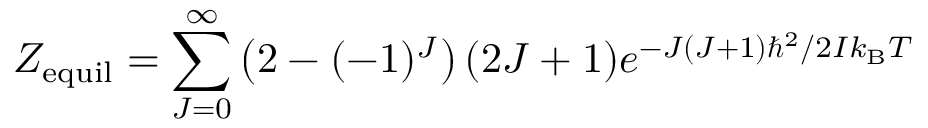
Z _ { \mathrm { e q u i l } } = \sum _ { J = 0 } ^ { \infty } { \left( 2 - ( - 1 ) ^ { J } \right) ( 2 J + 1 ) e ^ { { - J ( J + 1 ) \hbar ^ { 2 } } / { 2 I k _ { \mathrm { B } } T } \; } }